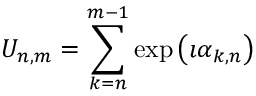
U _ { n , m } = \sum _ { k = n } ^ { m - 1 } \exp \left( \imath \alpha _ { k , n } \right)